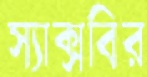
স্যাক্সবির